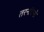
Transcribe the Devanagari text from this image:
तरनटिनो